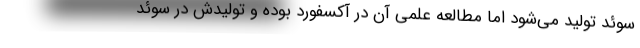
سوئد تولید می‌شود اما مطالعه علمی آن در آکسفورد بوده و تولیدش در سوئد